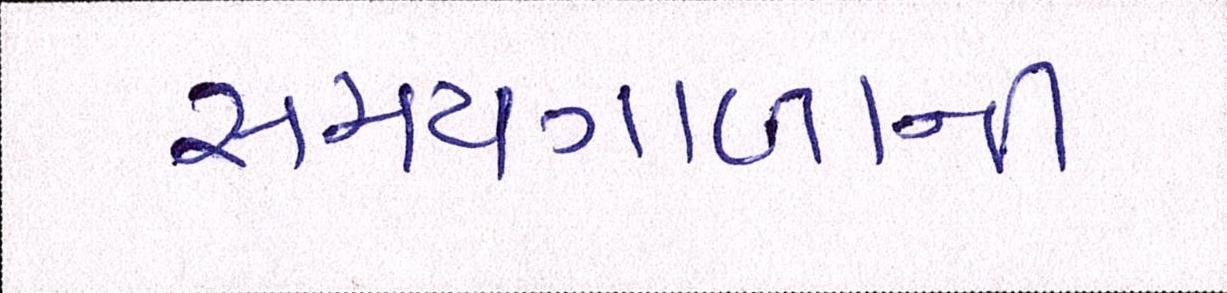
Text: સમયગાળાની